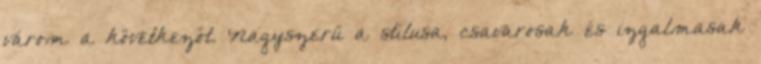
várom a következőt. Nagyszerű a stílusa, csavarosak és izgalmasak